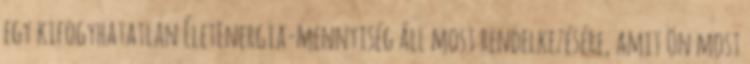
egy kifogyhatatlan ÉletEnergia-mennyiség áll most rendelkezésére, amit Ön most